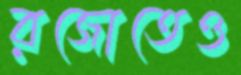
রজোতেও